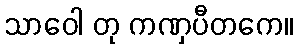
သာဝေါ တု ကဏှပီတကေ။